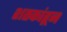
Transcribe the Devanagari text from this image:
शतकांहून